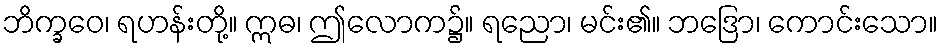
ဘိက္ခဝေ၊ ရဟန်းတို့။ ဣဓ၊ ဤလောက၌။ ရညော၊ မင်း၏။ ဘဒြော၊ ကောင်းသော။